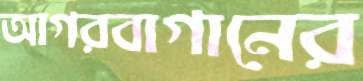
আগরবাগানের